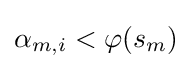
\alpha _{m,i}<\varphi (s_{m})